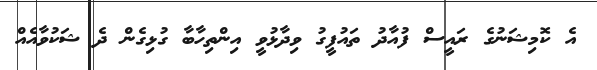
އެ ކޮމިޝަނުގެ ރައީސް ފުއާދު ތައުފީގު ވިދާޅުވީ އިންތިހާބާ ގުޅިގެން ދެ ޝަކުވާއެއް